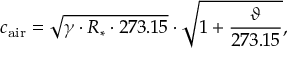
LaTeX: c _ { \mathrm { a i r } } = { \sqrt { \gamma \cdot R _ { * } \cdot 2 7 3 . 1 5 } } \cdot { \sqrt { 1 + { \frac { \vartheta } { 2 7 3 . 1 5 } } } } ,